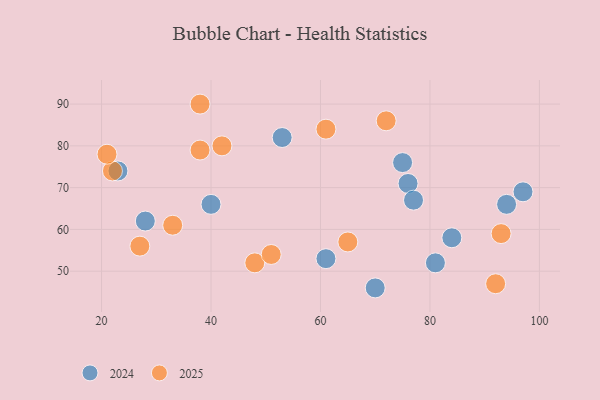
{"axis": {"x": "GDP", "y": "Life Expectancy"}, "legend": ["2024", "2025"], "data": [{"x": "94", "y": 66, "type": "2024"}, {"x": "84", "y": 58, "type": "2024"}, {"x": "70", "y": 46, "type": "2024"}, {"x": "61", "y": 53, "type": "2024"}, {"x": "75", "y": 76, "type": "2024"}, {"x": "97", "y": 69, "type": "2024"}, {"x": "76", "y": 71, "type": "2024"}, {"x": "40", "y": 66, "type": "2024"}, {"x": "28", "y": 62, "type": "2024"}, {"x": "23", "y": 74, "type": "2024"}, {"x": "77", "y": 67, "type": "2024"}, {"x": "81", "y": 52, "type": "2024"}, {"x": "53", "y": 82, "type": "2024"}, {"x": "93", "y": 59, "type": "2025"}, {"x": "22", "y": 74, "type": "2025"}, {"x": "38", "y": 90, "type": "2025"}, {"x": "21", "y": 78, "type": "2025"}, {"x": "33", "y": 61, "type": "2025"}, {"x": "61", "y": 84, "type": "2025"}, {"x": "38", "y": 79, "type": "2025"}, {"x": "48", "y": 52, "type": "2025"}, {"x": "92", "y": 47, "type": "2025"}, {"x": "65", "y": 57, "type": "2025"}, {"x": "27", "y": 56, "type": "2025"}, {"x": "42", "y": 80, "type": "2025"}, {"x": "51", "y": 54, "type": "2025"}, {"x": "72", "y": 86, "type": "2025"}]}